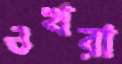
ওখরা